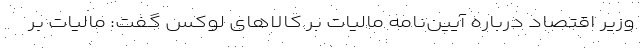
وزیر اقتصاد درباره آیین‌نامه مالیات بر کالاهای لوکس گفت: مالیات بر